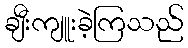
ချီးကျူးခဲ့ကြသည်